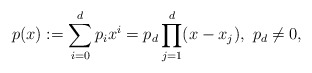
\begin{align*}p(x):=\sum_{i=0}^dp_ix^i=p_d\prod_{j=1}^d(x-x_j),~p_d\neq 0,\end{align*}